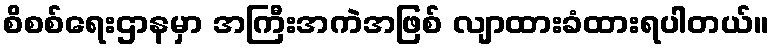
စိစစ်ရေးဌာနမှာ အကြီးအကဲအဖြစ် လျာထားခံထားရပါတယ်။